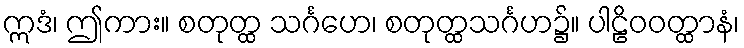
ဣဒံ၊ ဤကား။ စတုတ္ထ သင်္ဂဟေ၊ စတုတ္ထသင်္ဂဟ၌။ ပါဠိဝဝတ္ထာနံ၊